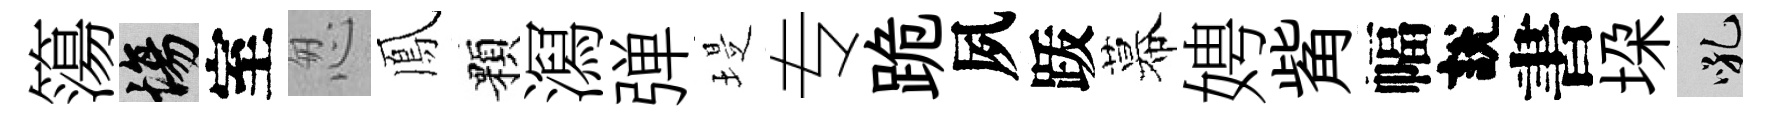
簜場室怱鳳顆㵼弹堤专跪夙䟦幕娉觜幅說書垜吼